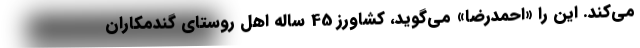
مي‌كند. اين را «احمدرضا» مي‌گويد، كشاورز 45 ساله اهل روستاي گندمكاران